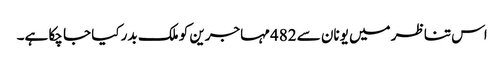
اس تناظر میں یونان سے 482 مہاجرین کو ملک بدر کیا جا چکا ہے۔